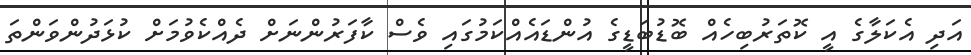
އަދި އެކަލާގެ އީ ކޮތަރުބިހެއް ބޮޑުބަޑީގެ އުންޑައެއްކަމުގައި ވެސް ކާފަރުންނަށް ދެއްކެވުމަށް ކުޅަދުންވަންތަ